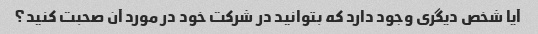
آیا شخص دیگری وجود دارد که بتوانید در شرکت خود در مورد آن صحبت کنید؟